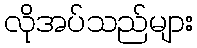
လိုအပ်သည်များ